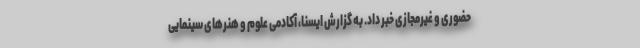
حضوری و غیرمجازی خبر داد. به گزارش ایسنا، آکادمی علوم و هنرهای سینمایی